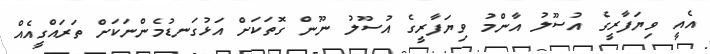
އެއީ ވިޔަފާރީގެ އުސޫލު އާންމު ވިޔަފާރީގެ އުސޫލު ނޫން ގޮތަކަށް އަޅުގަނޑުމެންނަކަށް ތަރައްގީއެއް